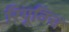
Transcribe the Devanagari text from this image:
रियूविच